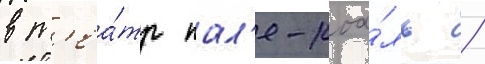
в т'еа́тр пал'е-роа́ль /